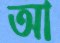
আ